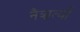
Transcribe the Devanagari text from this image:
नैऋर्त्यां